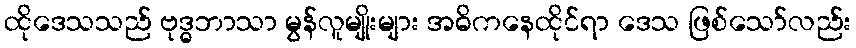
ထိုဒေသသည် ဗုဒ္ဓဘာသာ မွန်လူမျိုးများ အဓိကနေထိုင်ရာ ဒေသ ဖြစ်သော်လည်း